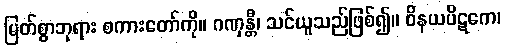
မြတ်စွာဘုရား စကားတော်ကို။ ဂဏှန္တီ၊ သင်ယူသည်ဖြစ်၍။ ဝိနယပိဋကေ၊